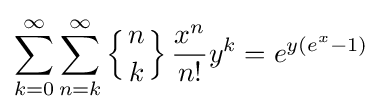
\sum _{k=0}^{\infty }\sum _{n=k}^{\infty }\left\{{n \atop k}\right\}{\frac {x^{n}}{n!}}y^{k}=e^{y(e^{x}-1)}